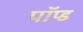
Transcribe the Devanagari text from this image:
पॉप्ड